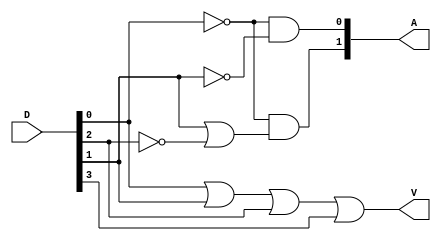
module Lab2_encoder_4bit_behavior(D,A,V);
    output       V;
    output [1:0] A;
    input  [3:0] D;

    reg          V;
    reg    [1:0] A;

    always@(D) begin
      V<=D[0]|D[1]|D[2]|D[3];
      A[1]<=(~D[0])&(D[1]|(~D[2]));
      A[0]<=(~D[0])&(~D[1]);
      
    end
endmodule